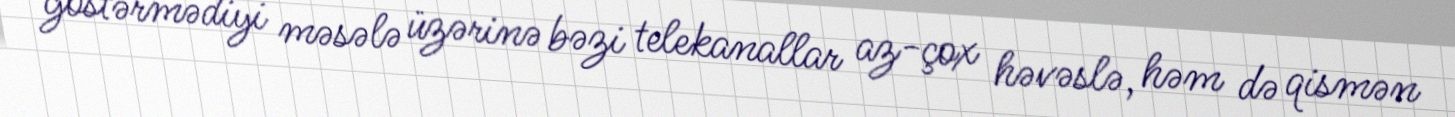
göstərmədiyi məsələ üzərinə bəzi telekanallar az-çox həvəslə, həm də qismən